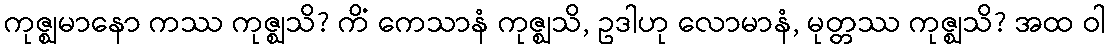
ကုဇ္ဈမာနော ကဿ ကုဇ္ဈသိ? ကိံ ကေသာနံ ကုဇ္ဈသိ, ဥဒါဟု လောမာနံ, မုတ္တဿ ကုဇ္ဈသိ? အထ ဝါ